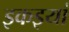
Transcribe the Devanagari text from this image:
इकइयां